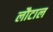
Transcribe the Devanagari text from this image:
लौटाल